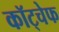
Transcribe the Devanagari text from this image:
कॉट्चेफ